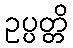
ဥပ္ပတ္တိ